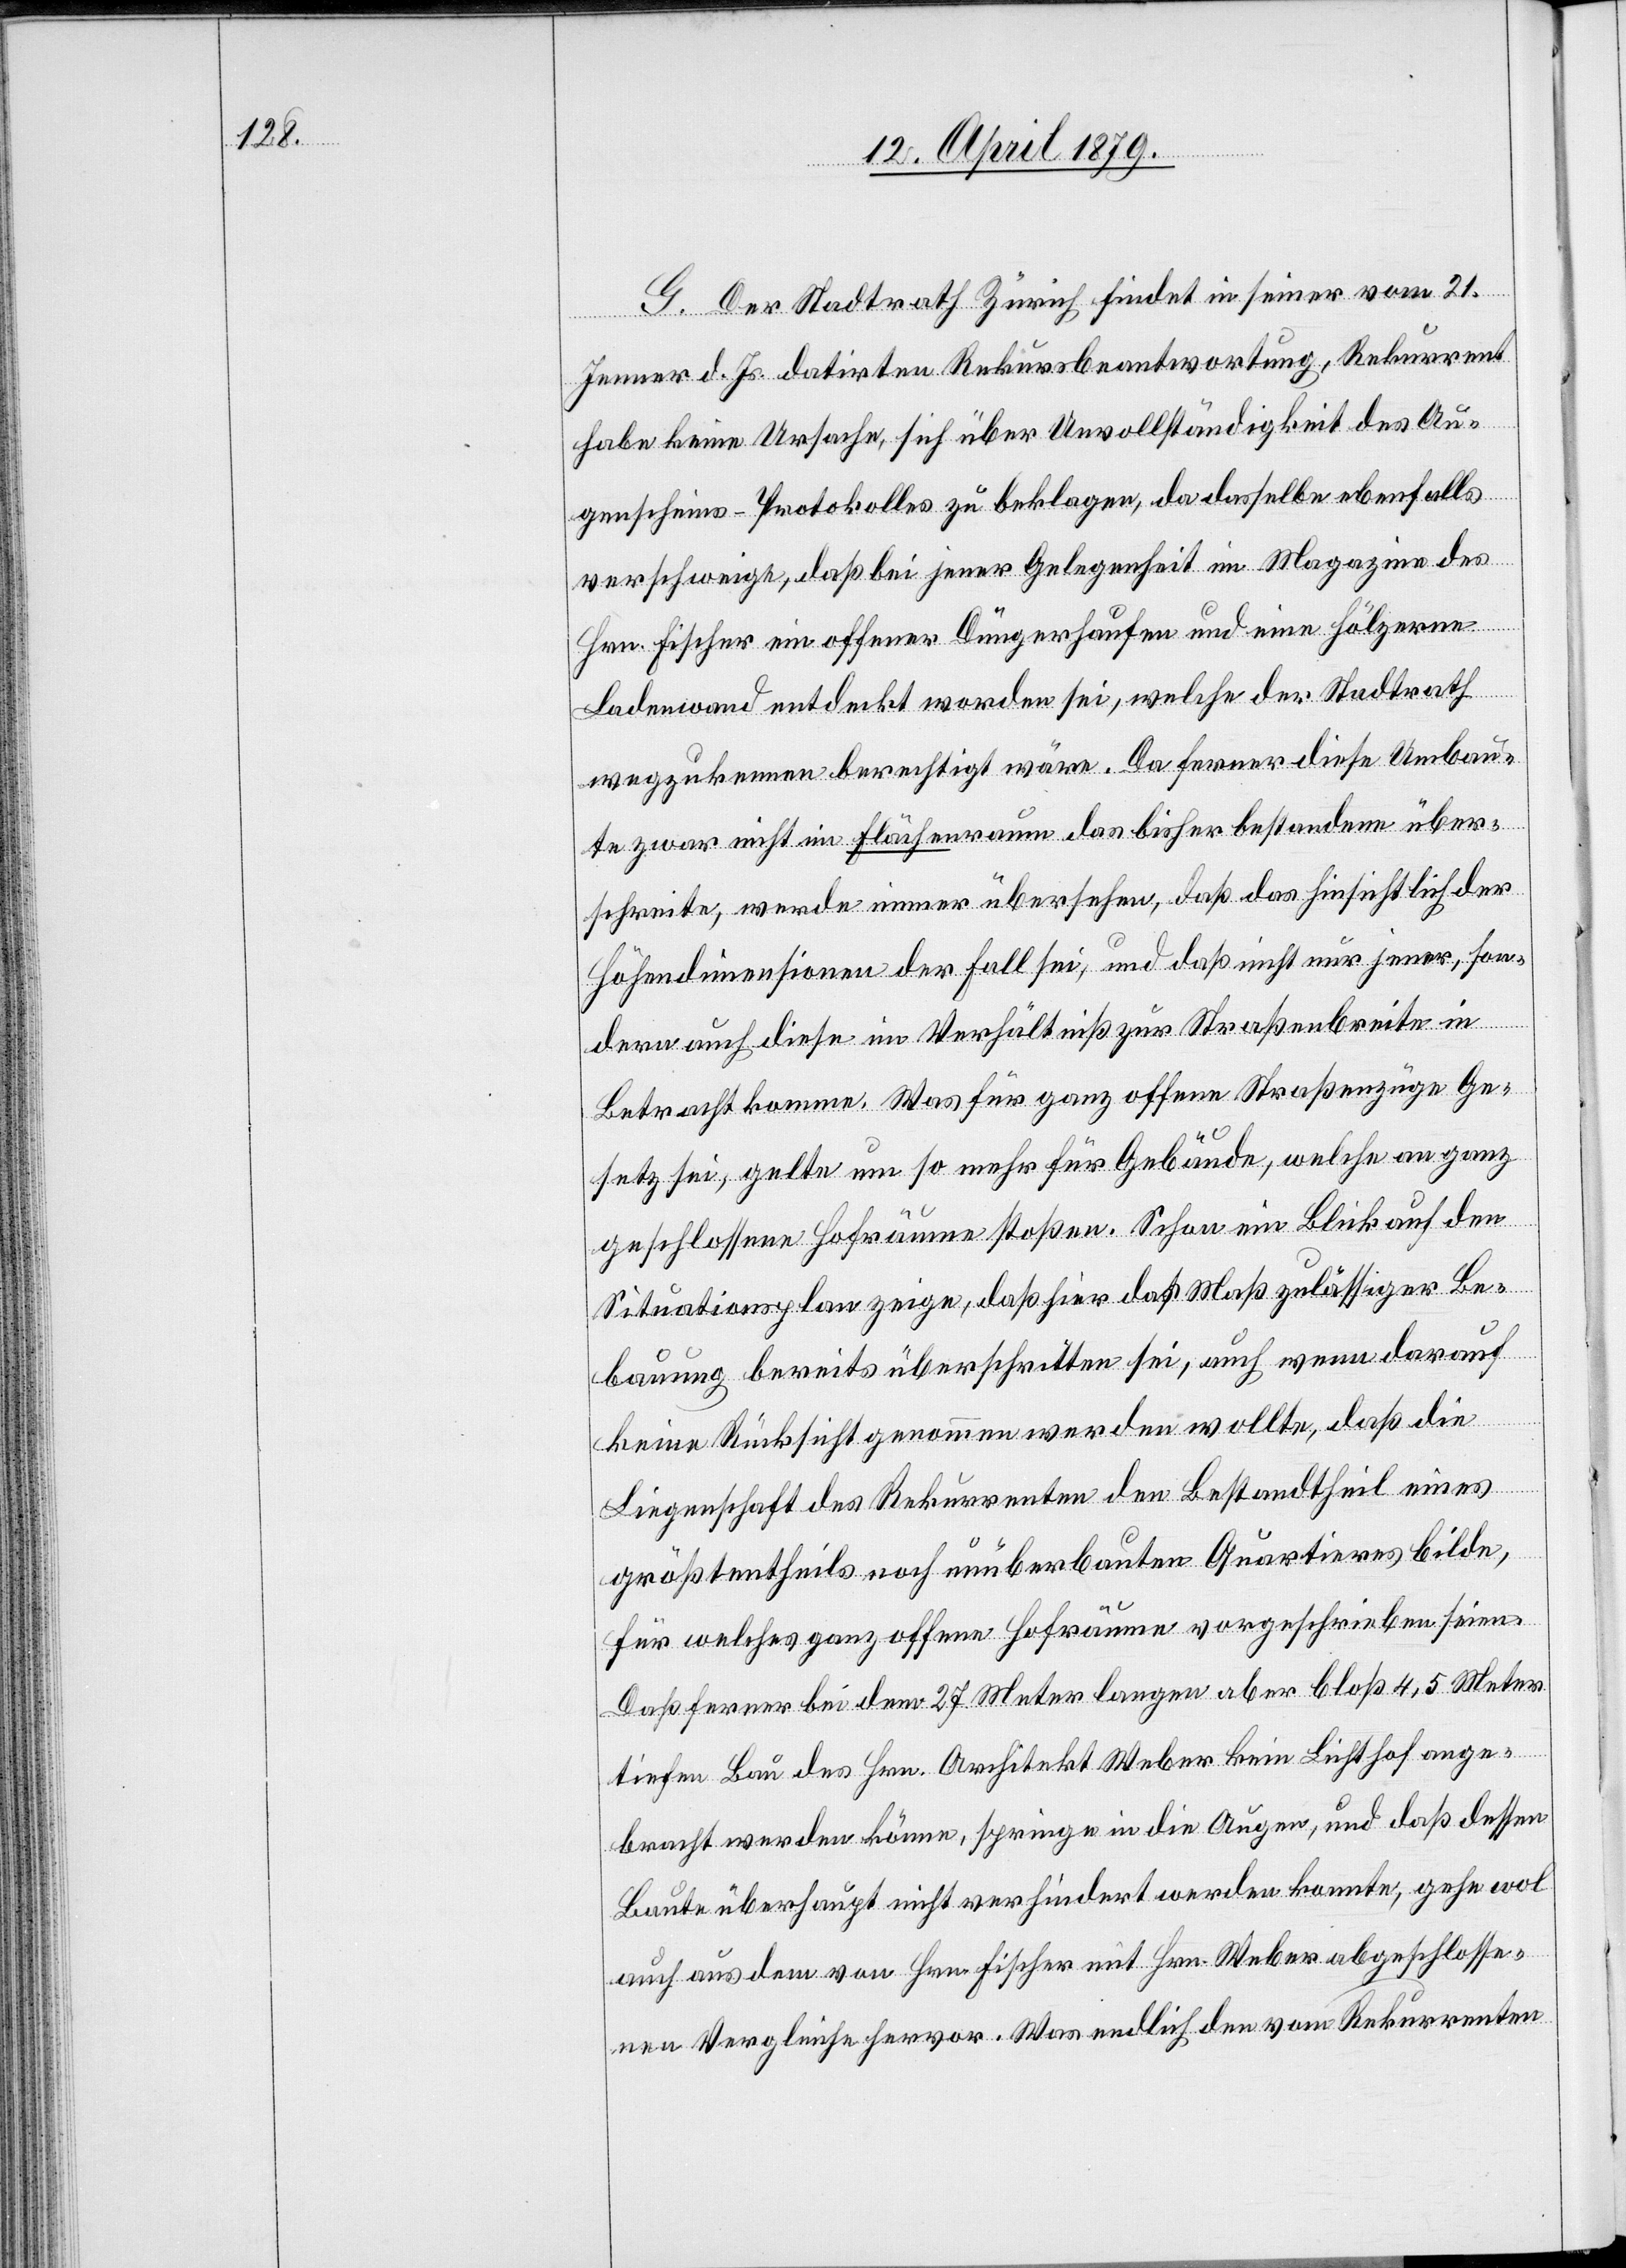
G. Der Stadtrath Zürich findet in seiner vom 21.
Jenner d. Js. datirten Rekursbeantwortung, Rekurrent
habe keine Ursache, sich über Unvollständigkeit des Au¬
genscheins-Protokolles zu beklagen, da dasselbe ebenfalls
verschweige, daß bei jener Gelegenheit im Magazine des
Hrn. Fischer ein offener Düngerhaufen und eine hölzerne
Ladenwand entdeckt worden sei, welche der Stadtrath
wegzukennen berechtigt wäre. Da ferner diese Umbau¬
te zwar nicht im Flächenraum das bisher bestandene über¬
schreite, werde immer übersehen, daß das hinsichtlich der
Höhendimensionen der Fall sei, und daß nicht nur jener, son¬
dern auch diese im Verhältniß zur Straßenbreite in
Betracht komme. Was für ganz offene Straßenzüge Ge¬
setz sei, gelte um so mehr für Gebäude, welche an ganz
geschlossene Hofräume stoßen. Schon ein Blick auf den
Situationsplan zeige, daß hier das Maß zulässiger Be¬
bauung bereits überschritten sei, auch wenn darauf
keine Rücksicht genommen werden wollte, daß die
Liegenschaft des Rekurrenten den Bestandtheil eines
größtentheils noch unüberbauten Quartieres bilde,
für welches ganz offene Hofräume vorgeschrieben seien.
Daß ferner bei dem 27 Meter langen aber bloß 4,5 Meter
tiefen Bau des Hrn. Architekt Weber kein Lichthof ange¬
bracht werden könne, springe in die Augen, und daß dessen
Baute überhaupt nicht verhindert werden konnte, gehe wol
auch aus dem von Hrn. Fischer mit Hrn. Weber abgeschlosse¬
nen Vergleiche hervor. Was endlich den vom Rekurrenten